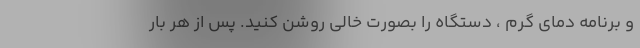
و برنامه دمای گرم ، دستگاه را بصورت خالی روشن کنید. پس از هر بار